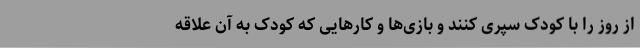
از روز را با کودک سپری کنند و بازی‌ها و کارهایی که کودک به آن علاقه